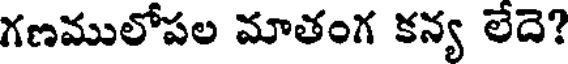
గణములోపల మాతంగ కన్య లేదె?